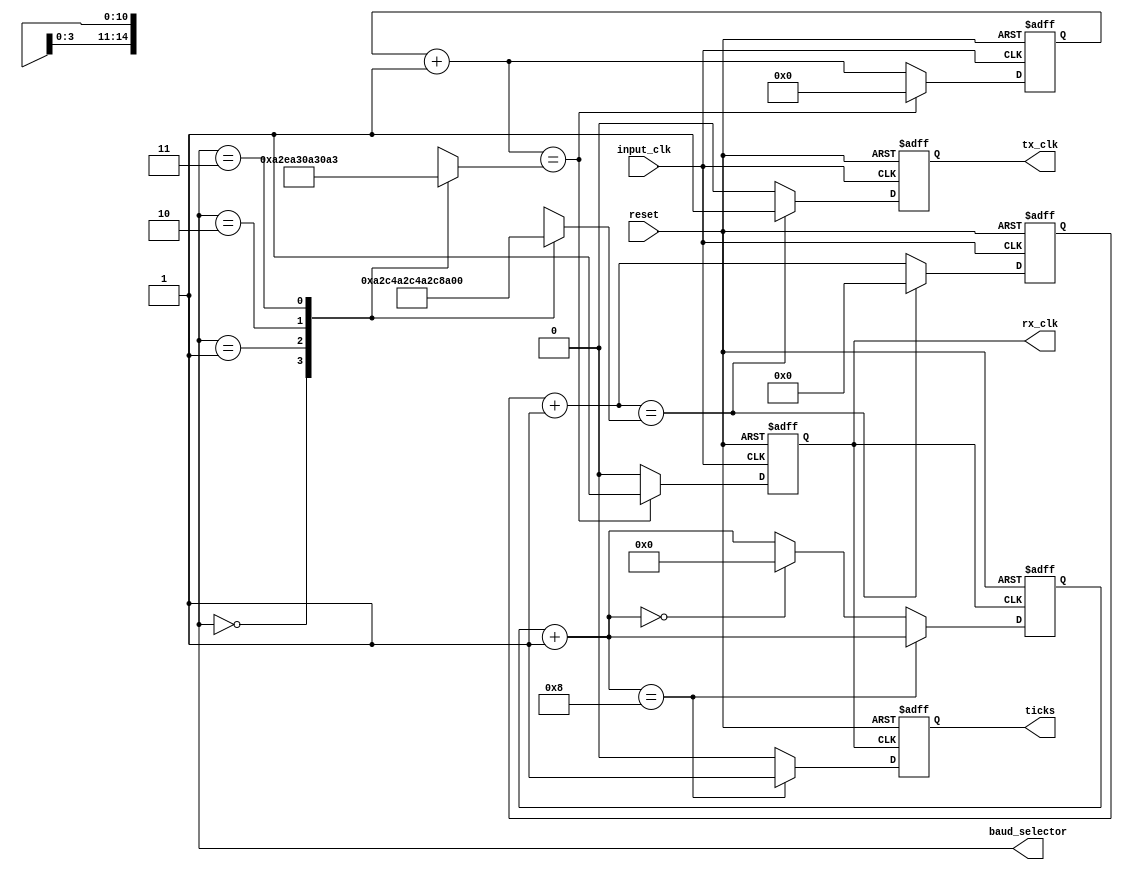
module baudrategen(tx_clk,rx_clk,ticks,baud_selector,reset,input_clk);

input input_clk,reset;

output reg ticks=0,tx_clk=0,rx_clk=0;
output [1:0] baud_selector;

//transmitter counter
reg [14:0] tx_count=15'd0;

//receiver counter
reg [10:0] rx_count=11'd0;

//ticks generator counter
reg [3:0] rx_tick_counter=4'd0;


//constants for transmitter
parameter tx_baud2400  = 15'd20834,
			 tx_baud4800  = 15'd10417,     // from the formula: f/baud rate
			 tx_baud9600  = 15'd5209,
			 tx_baud19200 = 15'd2605;
			 
//constants for receiver
parameter rx_baud2400  = 11'd1303,
			 rx_baud4800  = 11'd652,   // from the formula: (f/16*baud rate)-1
			 rx_baud9600  = 11'd326,
			 rx_baud19200 = 11'd163;
			 
			 
//maximum count calculation
reg [14:0] tx_maxcount=tx_baud9600;  // default baud rate
reg [10:0] rx_maxcount=rx_baud9600;


//selection for baudrate
always @(*)
begin
case(baud_selector)

2'd0:
begin
tx_maxcount = tx_baud2400;
rx_maxcount = rx_baud2400;
end
2'd1:
begin
tx_maxcount = tx_baud4800;
rx_maxcount = rx_baud4800;
end
2'd2:
begin
tx_maxcount = tx_baud9600;
rx_maxcount = rx_baud9600;
end
2'd3:
begin
tx_maxcount = tx_baud19200;
rx_maxcount = rx_baud19200;
end
endcase
end


//transmitter clock generator
always @(posedge input_clk or negedge reset)
begin
if(!reset)
begin
tx_clk=1'd0;
tx_count=15'b0;
end

else
begin
tx_count = tx_count + 15'd1;
tx_clk=1'd0;

if(tx_count == tx_maxcount)
begin
tx_clk = 1'd1;
tx_count = 15'd0;
end

end

end


//receiver clock generator
always @(posedge input_clk or negedge reset)
begin
if(!reset)
begin
rx_clk=1'd0;
rx_count=11'b0;
end

else
begin
rx_count = rx_count + 11'd1;
rx_clk=1'd0;

if(rx_count == rx_maxcount)
begin
rx_clk = 1'd1;
rx_count = 11'd0;
end

end

end


//receiver ticks
 always @(posedge rx_clk or negedge reset)
 begin
 if(!reset)
 begin
 rx_tick_counter = 4'd0;
 ticks = 1'd0;
 end
 else
 begin
 rx_tick_counter = rx_tick_counter + 4'd1;
 ticks = 1'd0;
 if(rx_tick_counter == 4'd8)
 ticks = 1'd1;
 
 else if(rx_tick_counter == 4'd16)
 rx_tick_counter = 4'd0;
 
 end 
 
 end

endmodule